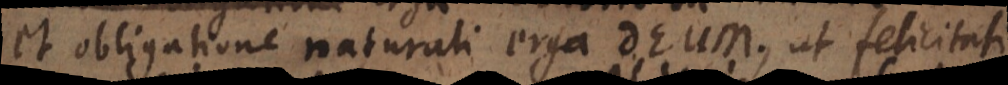
et obligatione naturali erga Deum, ut felicitati